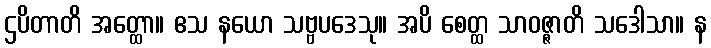
ဌပိတာတိ အတ္ထော။ ဧသ နယော သဗ္ဗပဒေသု။ အပိ စေတ္ထ သာဝဇ္ဇာတိ သဒေါသာ။ န